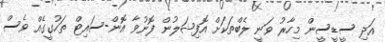
އަދި ސީޑީސީން މިހާރު ވަނީ ލެބްތަކަށް އޮފިޝަލުން ފޮނުވާ އޮން-ސައިޓް ތަހުގީގެއް ވެސް